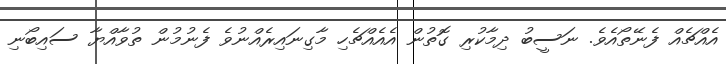
އެއްޗެއް ފެނޭތޯއެވެ. ނަސީބު ދިމާކުރި ގޮތުން އެއެއްޗެހި މާގިނައިރެއްނުވެ ފެނުމުން ތުވާއްޔާ ސައިބޯނި